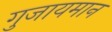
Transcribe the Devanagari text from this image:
गुजायमान